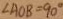
\angle A O B = 9 0 ^ { \circ }